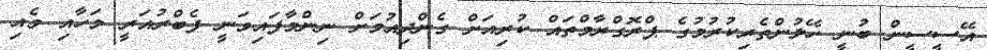
އޭސީސީން ބުނީ ހޭލުންތެރިކުރުމުގެ ޕްރޮގްރާމްތައް ކުރިއަށް ގެންދިއުމަށް ނިންމާފައިވަނީ ފެބްރުއަރީ މަހާއި މެއި